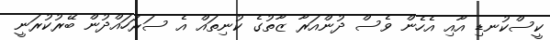
ކީސްކުނޑި އާއި އެހެން ވެސް ދުންއަރާ ޒާތުގެ ކުނިތައް އެ ސަރަހައްދުން ބޭރުކުރަނީ